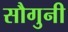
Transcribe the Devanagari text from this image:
सौगुनी